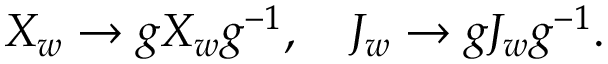
X _ { w } \to g X _ { w } g ^ { - 1 } , \quad J _ { w } \to g J _ { w } g ^ { - 1 } .